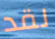
لقد